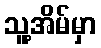
သူ့အိမ်မှာ